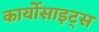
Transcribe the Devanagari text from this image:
कार्योसाइट्स